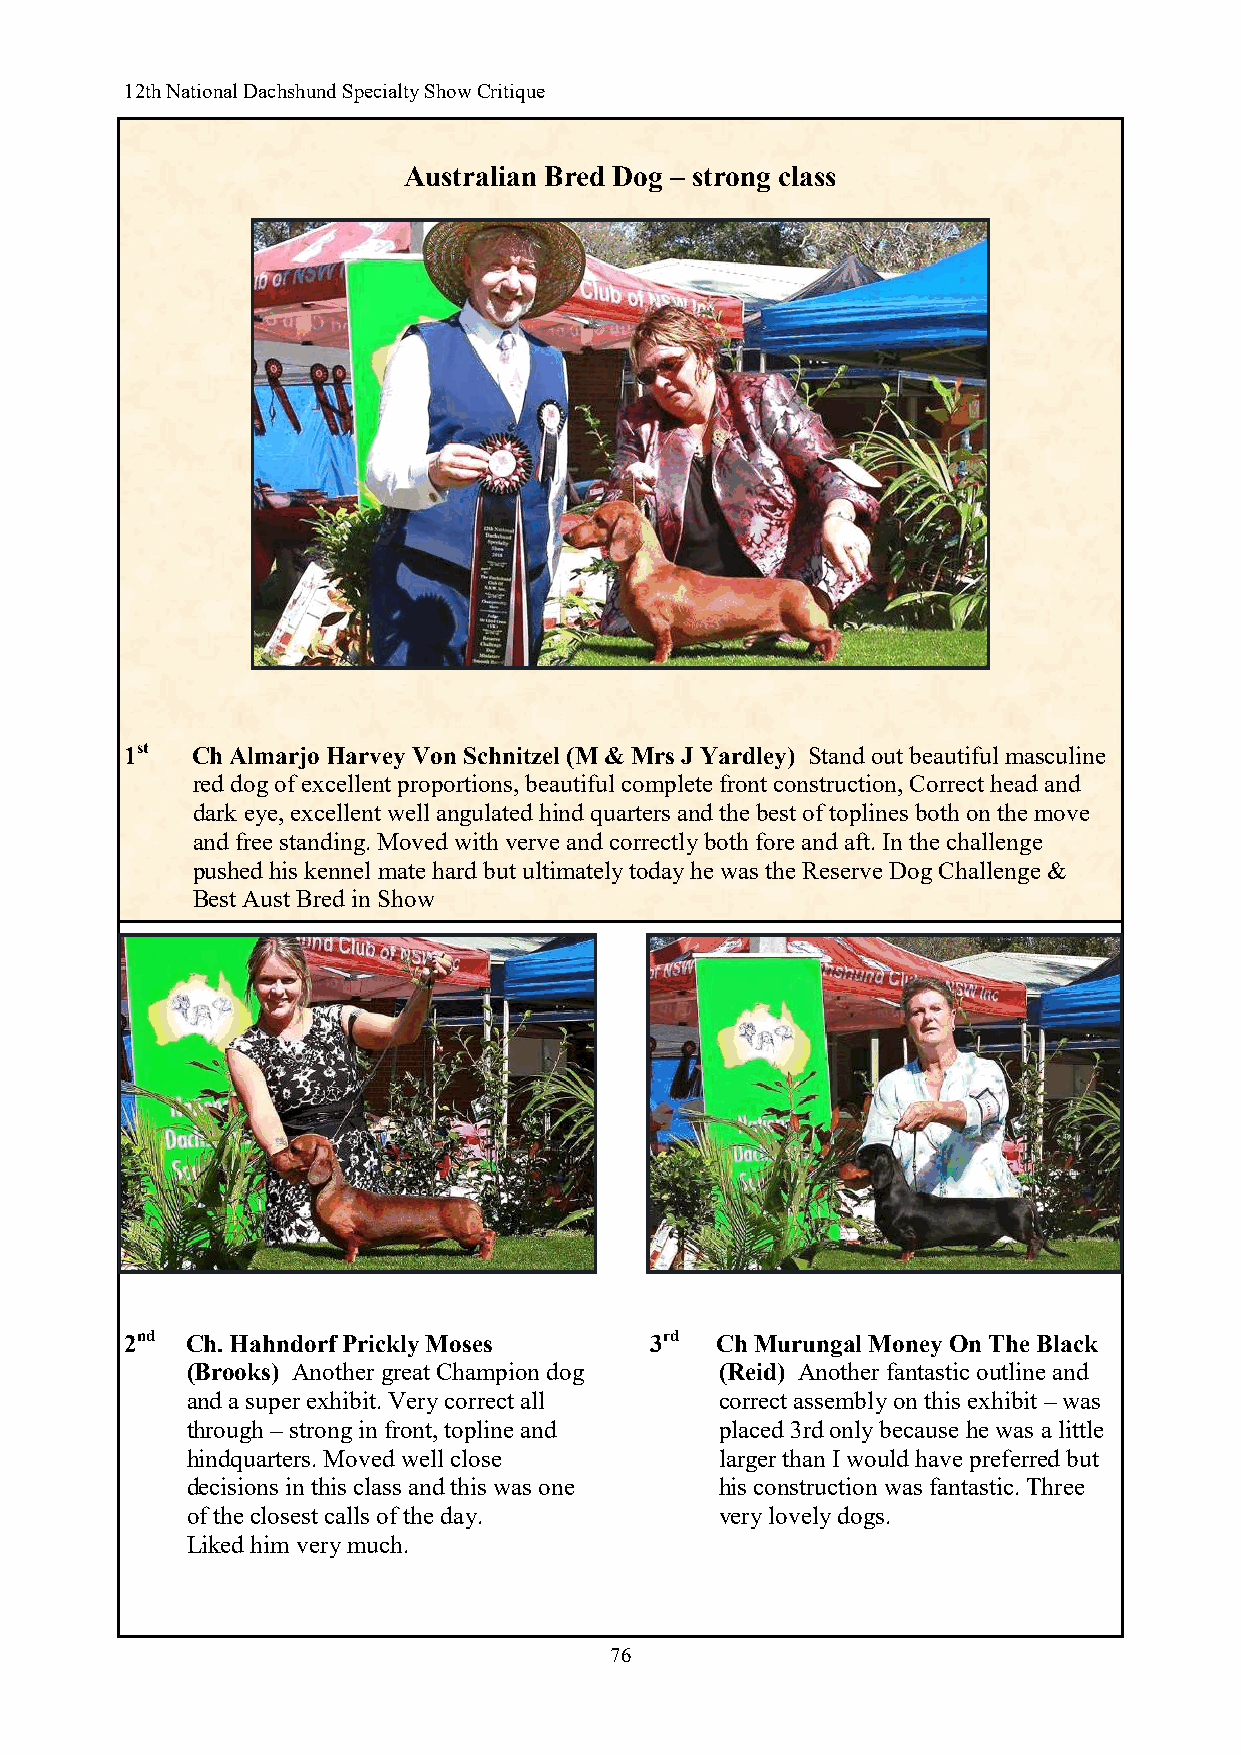
12th National Dachshund Specialty Show Critique
 Australian Bred Dog – strong class
 1st  Ch Almarjo Harvey Von Schnitzel (M & Mrs J Yardley) Stand out beautiful masculine
 red dog of excellent proportions, beautiful complete front construction, Correct head and
 dark eye, excellent well angulated hind quarters and the best of toplines both on the move
 and free standing. Moved with verve and correctly both fore and aft. In the challenge
 pushed his kennel mate hard but ultimately today he was the Reserve Dog Challenge &
 Best Aust Bred in Show
 .
 2nd Ch. Hahndorf Prickly Moses     3rd Ch Murungal Money On The Black
 (Brooks) Another great Champion dog (Reid) Another fantastic outline and
 and a super exhibit. Very correct all correct assembly on this exhibit – was
 through – strong in front, topline and placed 3rd only because he was a little
 hindquarters. Moved well close      larger than I would have preferred but
 decisions in this class and this was one his construction was fantastic. Three
 of the closest calls of the day.    very lovely dogs.
 Liked him very much.
 76